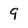
Character: 9